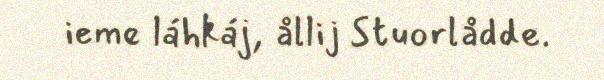
ieme láhkáj, ållij Stuorlådde.